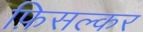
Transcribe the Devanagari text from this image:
फ़िसल्कर